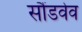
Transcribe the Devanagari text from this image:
सौंडवेव